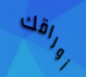
أوراقك